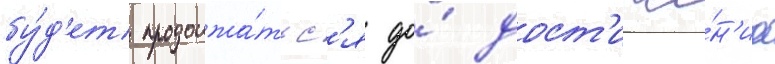
бу́д'ет продолжа́тьс'я до́ дост'иже́н'иа